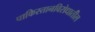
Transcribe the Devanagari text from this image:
पाकिस्तानविरोधातील